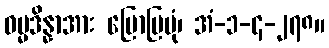
ဓမ္မဒိန္နာအား ပြောပြပုံ၊ အံ-၁-၄-၂၇၈။